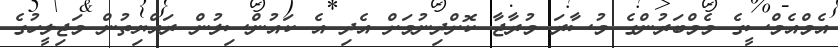
އެމްއެމްސީގެ މެމްބަރުންގެ މުސާރަ މުރާޖާ ކޮށްދިނުމަށް އެދި އެ ކައުންސިލުން ރައްޔިތުން މަޖިލީހުގެ